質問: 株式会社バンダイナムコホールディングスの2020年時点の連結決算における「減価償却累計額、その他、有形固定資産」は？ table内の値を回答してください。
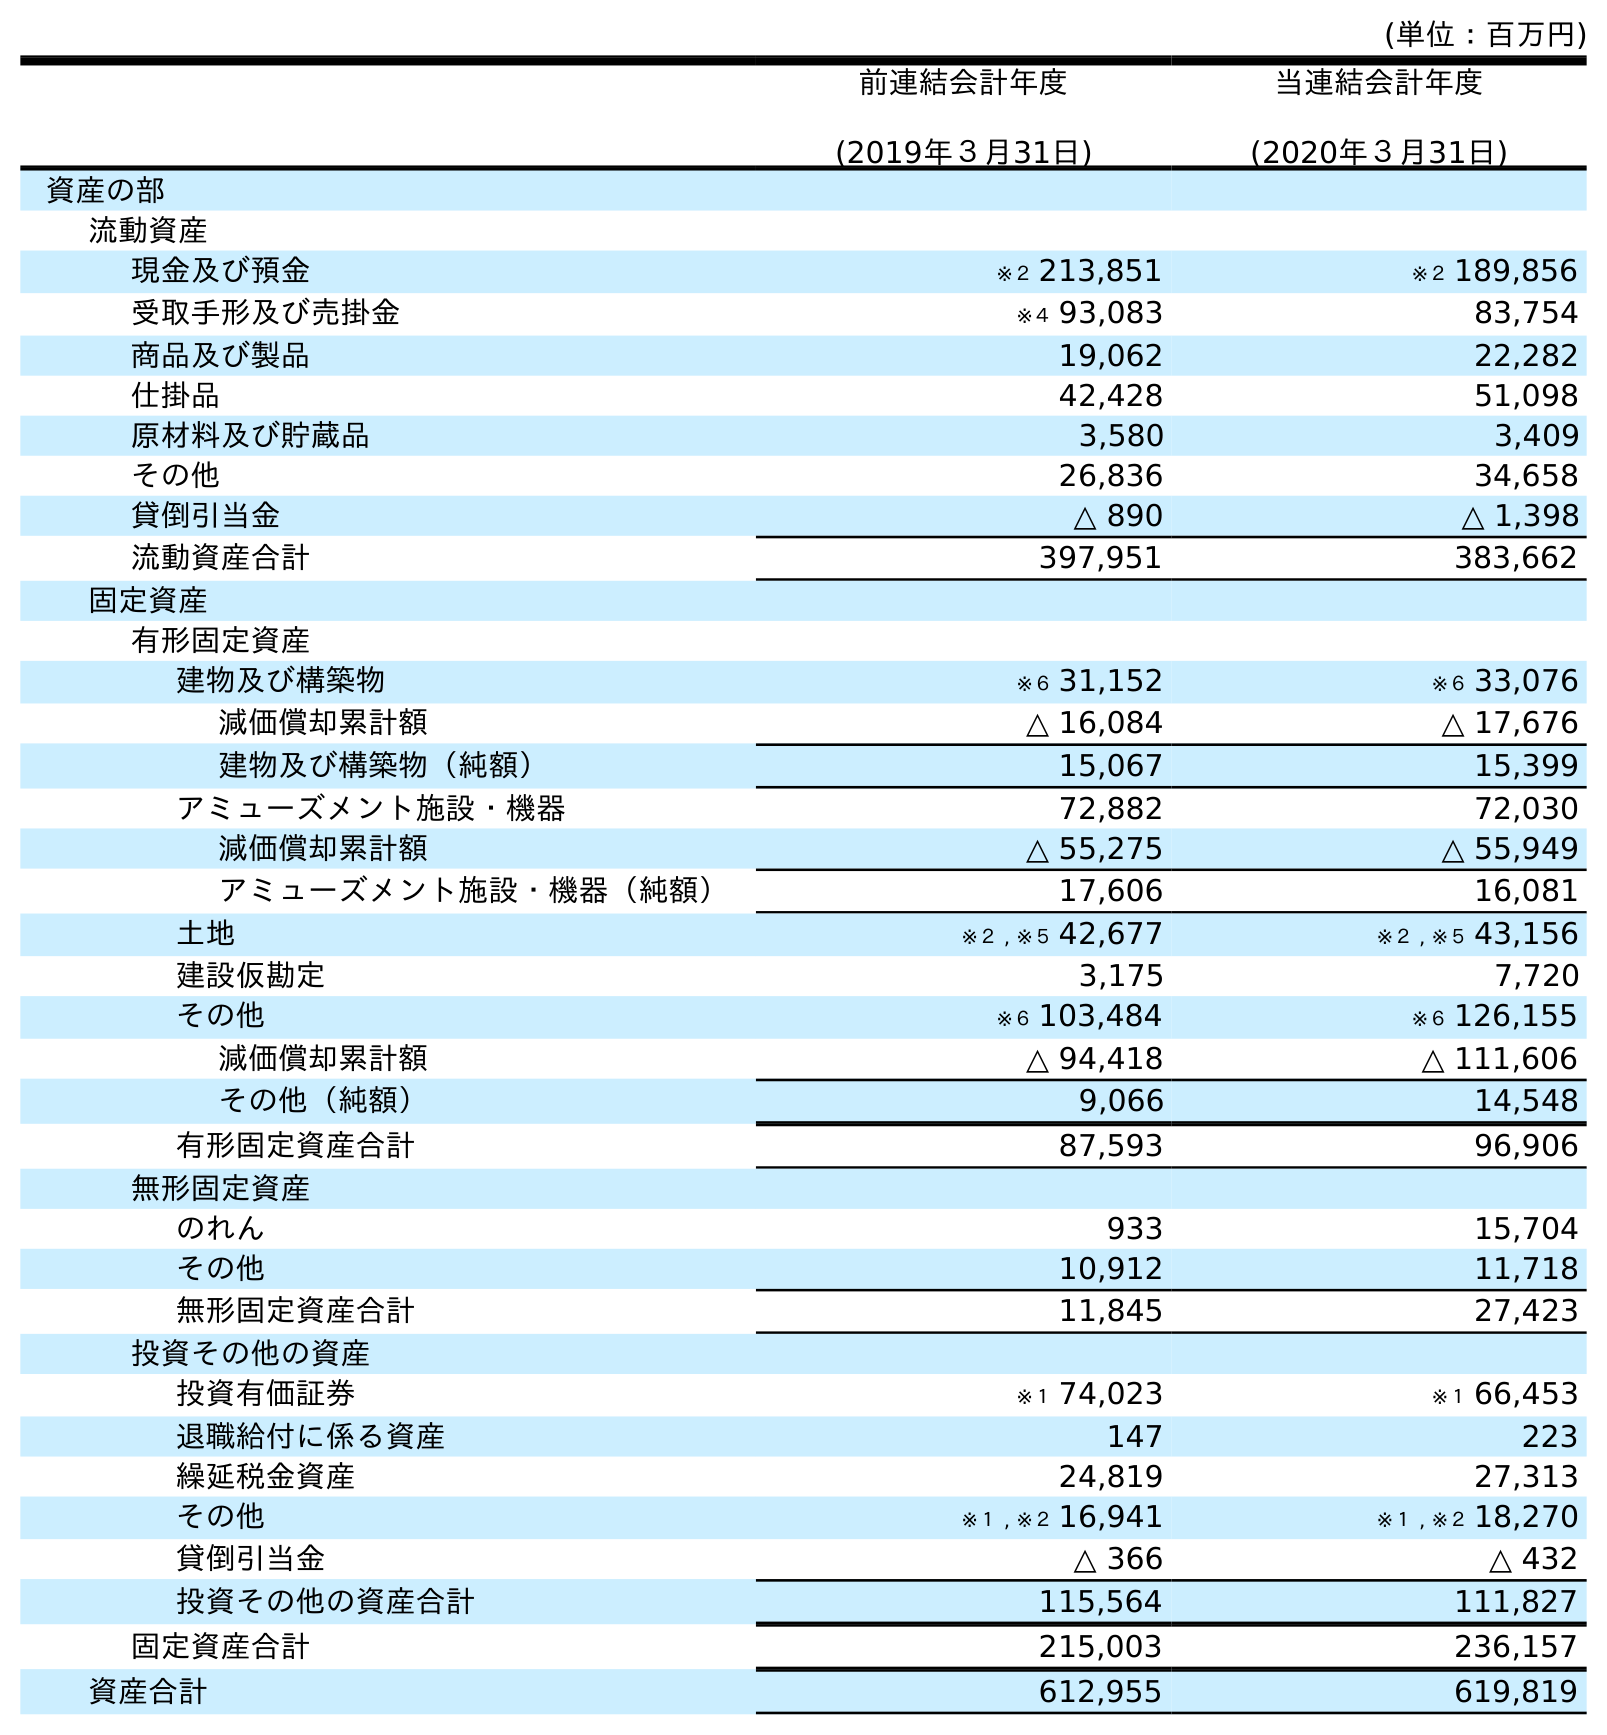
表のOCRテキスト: (単位：百万円) 前連結会計年度 (2019年３月31日) 当連結会計年度 (2020年３月31日) 資産の部 流動資産 現金及び預金 ※２ 213,851 ※２ 189,856 受取手形及び売掛金 ※４ 93,083 83,754 商品及び製品 19,062 22,282 仕掛品 42,428 51,098 原材料及び貯蔵品 3,580 3,409 その他 26,836 34,658 貸倒引当金 △ 890 △ 1,398 流動資産合計 397,951 383,662 固定資産 有形固定資産 建物及び構築物 ※６ 31,152 ※６ 33,076 減価償却累計額 △ 16,084 △ 17,676 建物及び構築物（純額） 15,067 15,399 アミューズメント施設・機器 72,882 72,030 減価償却累計額 △ 55,275 △ 55,949 アミューズメント施設・機器（純額） 17,606 16,081 土地 ※２ , ※５ 42,677 ※２ , ※５ 43,156 建設仮勘定 3,175 7,720 その他 ※６ 103,484 ※６ 126,155 減価償却累計額 △ 94,418 △ 111,606 その他（純額） 9,066 14,548 有形固定資産合計 87,593 96,906 無形固定資産 のれん 933 15,704 その他 10,912 11,718 無形固定資産合計 11,845 27,423 投資その他の資産 投資有価証券 ※１ 74,023 ※１ 66,453 退職給付に係る資産 147 223 繰延税金資産 24,819 27,313 その他 ※１ , ※２ 16,941 ※１ , ※２ 18,270 貸倒引当金 △ 366 △ 432 投資その他の資産合計 115,564 111,827 固定資産合計 215,003 236,157 資産合計 612,955 619,819
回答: △111,606